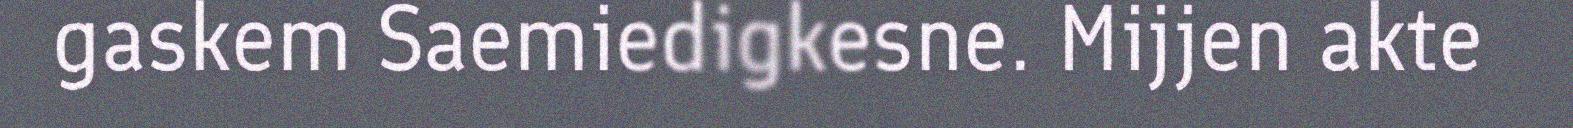
gaskem Saemiedigkesne. Mijjen akte